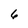
Character: 6